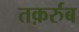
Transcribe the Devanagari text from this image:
तक़र्रुब